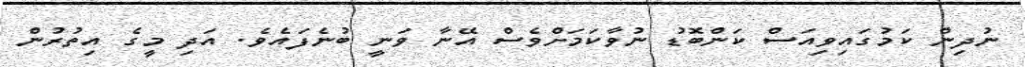
ނުދިން ކަމުގައިވިއަސް ކަންބޮޑު ނުވާކަމަށްވެސް އޭނާ ވަނީ ބުނެފައެވެ. އަދި މީގެ އިތުރުން